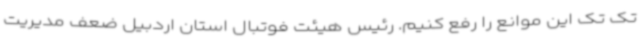
تک تک این موانع را رفع کنیم. رئیس هیئت فوتبال استان اردبیل ضعف مدیریت